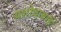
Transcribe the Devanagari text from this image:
यशोधाबाई